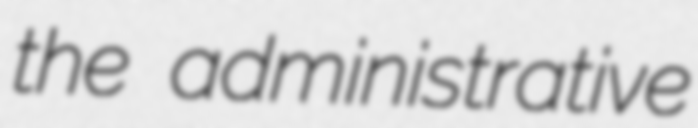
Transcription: the administrative